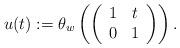
LaTeX: \begin{align*} u(t) := \theta_{w}\left(\left(\begin{array}{cc} 1 & t \\0 & 1 \end{array}\right)\right). \end{align*}